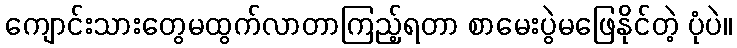
ကျောင်းသားတွေမထွက်လာတာကြည့်ရတာ စာမေးပွဲမဖြေနိုင်တဲ့ ပုံပဲ။